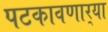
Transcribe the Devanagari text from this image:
पटकावणार्‍या